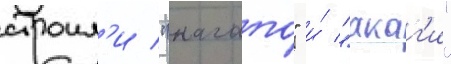
строил'и "нагато" и́ "акаг'и"